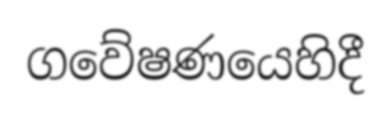
ගවේෂණයෙහිදී